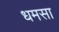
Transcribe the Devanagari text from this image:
धमसा